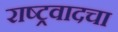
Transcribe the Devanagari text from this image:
राष्ट्रवादचा